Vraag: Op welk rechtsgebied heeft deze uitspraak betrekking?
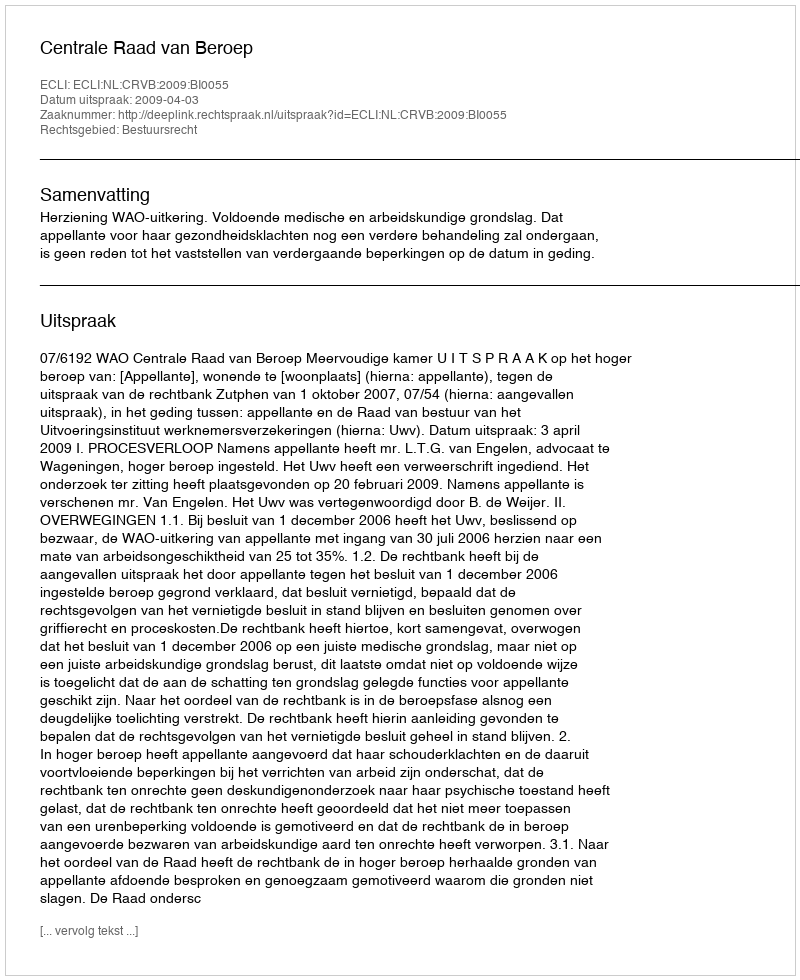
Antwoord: Bestuursrecht